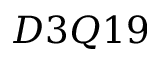
D 3 Q 1 9